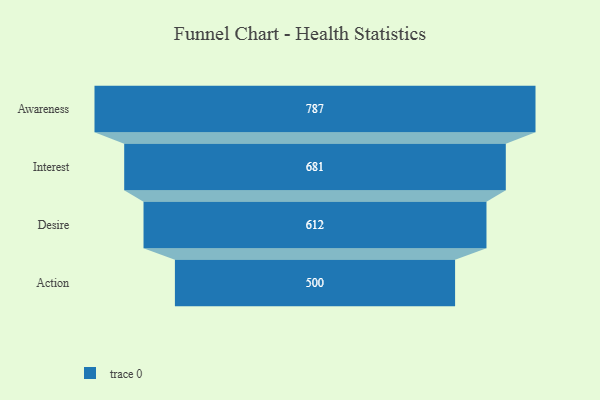
{"axis": {"x": "Stage", "y": "Value"}, "legend": [""], "data": [{"x": "Awareness", "y": 787.0, "type": ""}, {"x": "Interest", "y": 681.0, "type": ""}, {"x": "Desire", "y": 612.0, "type": ""}, {"x": "Action", "y": 500, "type": ""}]}